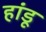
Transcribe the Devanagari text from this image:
हांडू